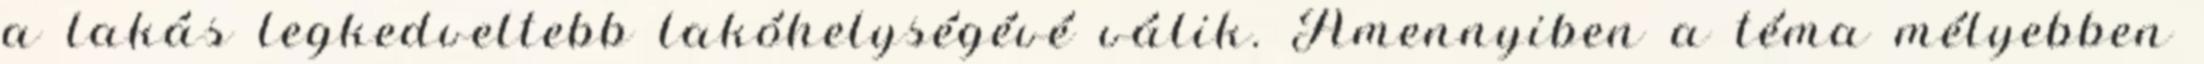
a lakás legkedveltebb lakóhelységévé válik. Amennyiben a téma mélyebben